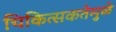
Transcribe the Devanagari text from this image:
चिकित्सकतेमुळे